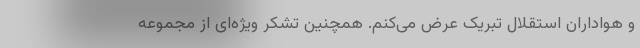
و هواداران استقلال تبریک عرض می‌کنم. همچنین تشکر ویژه‌ای از مجموعه